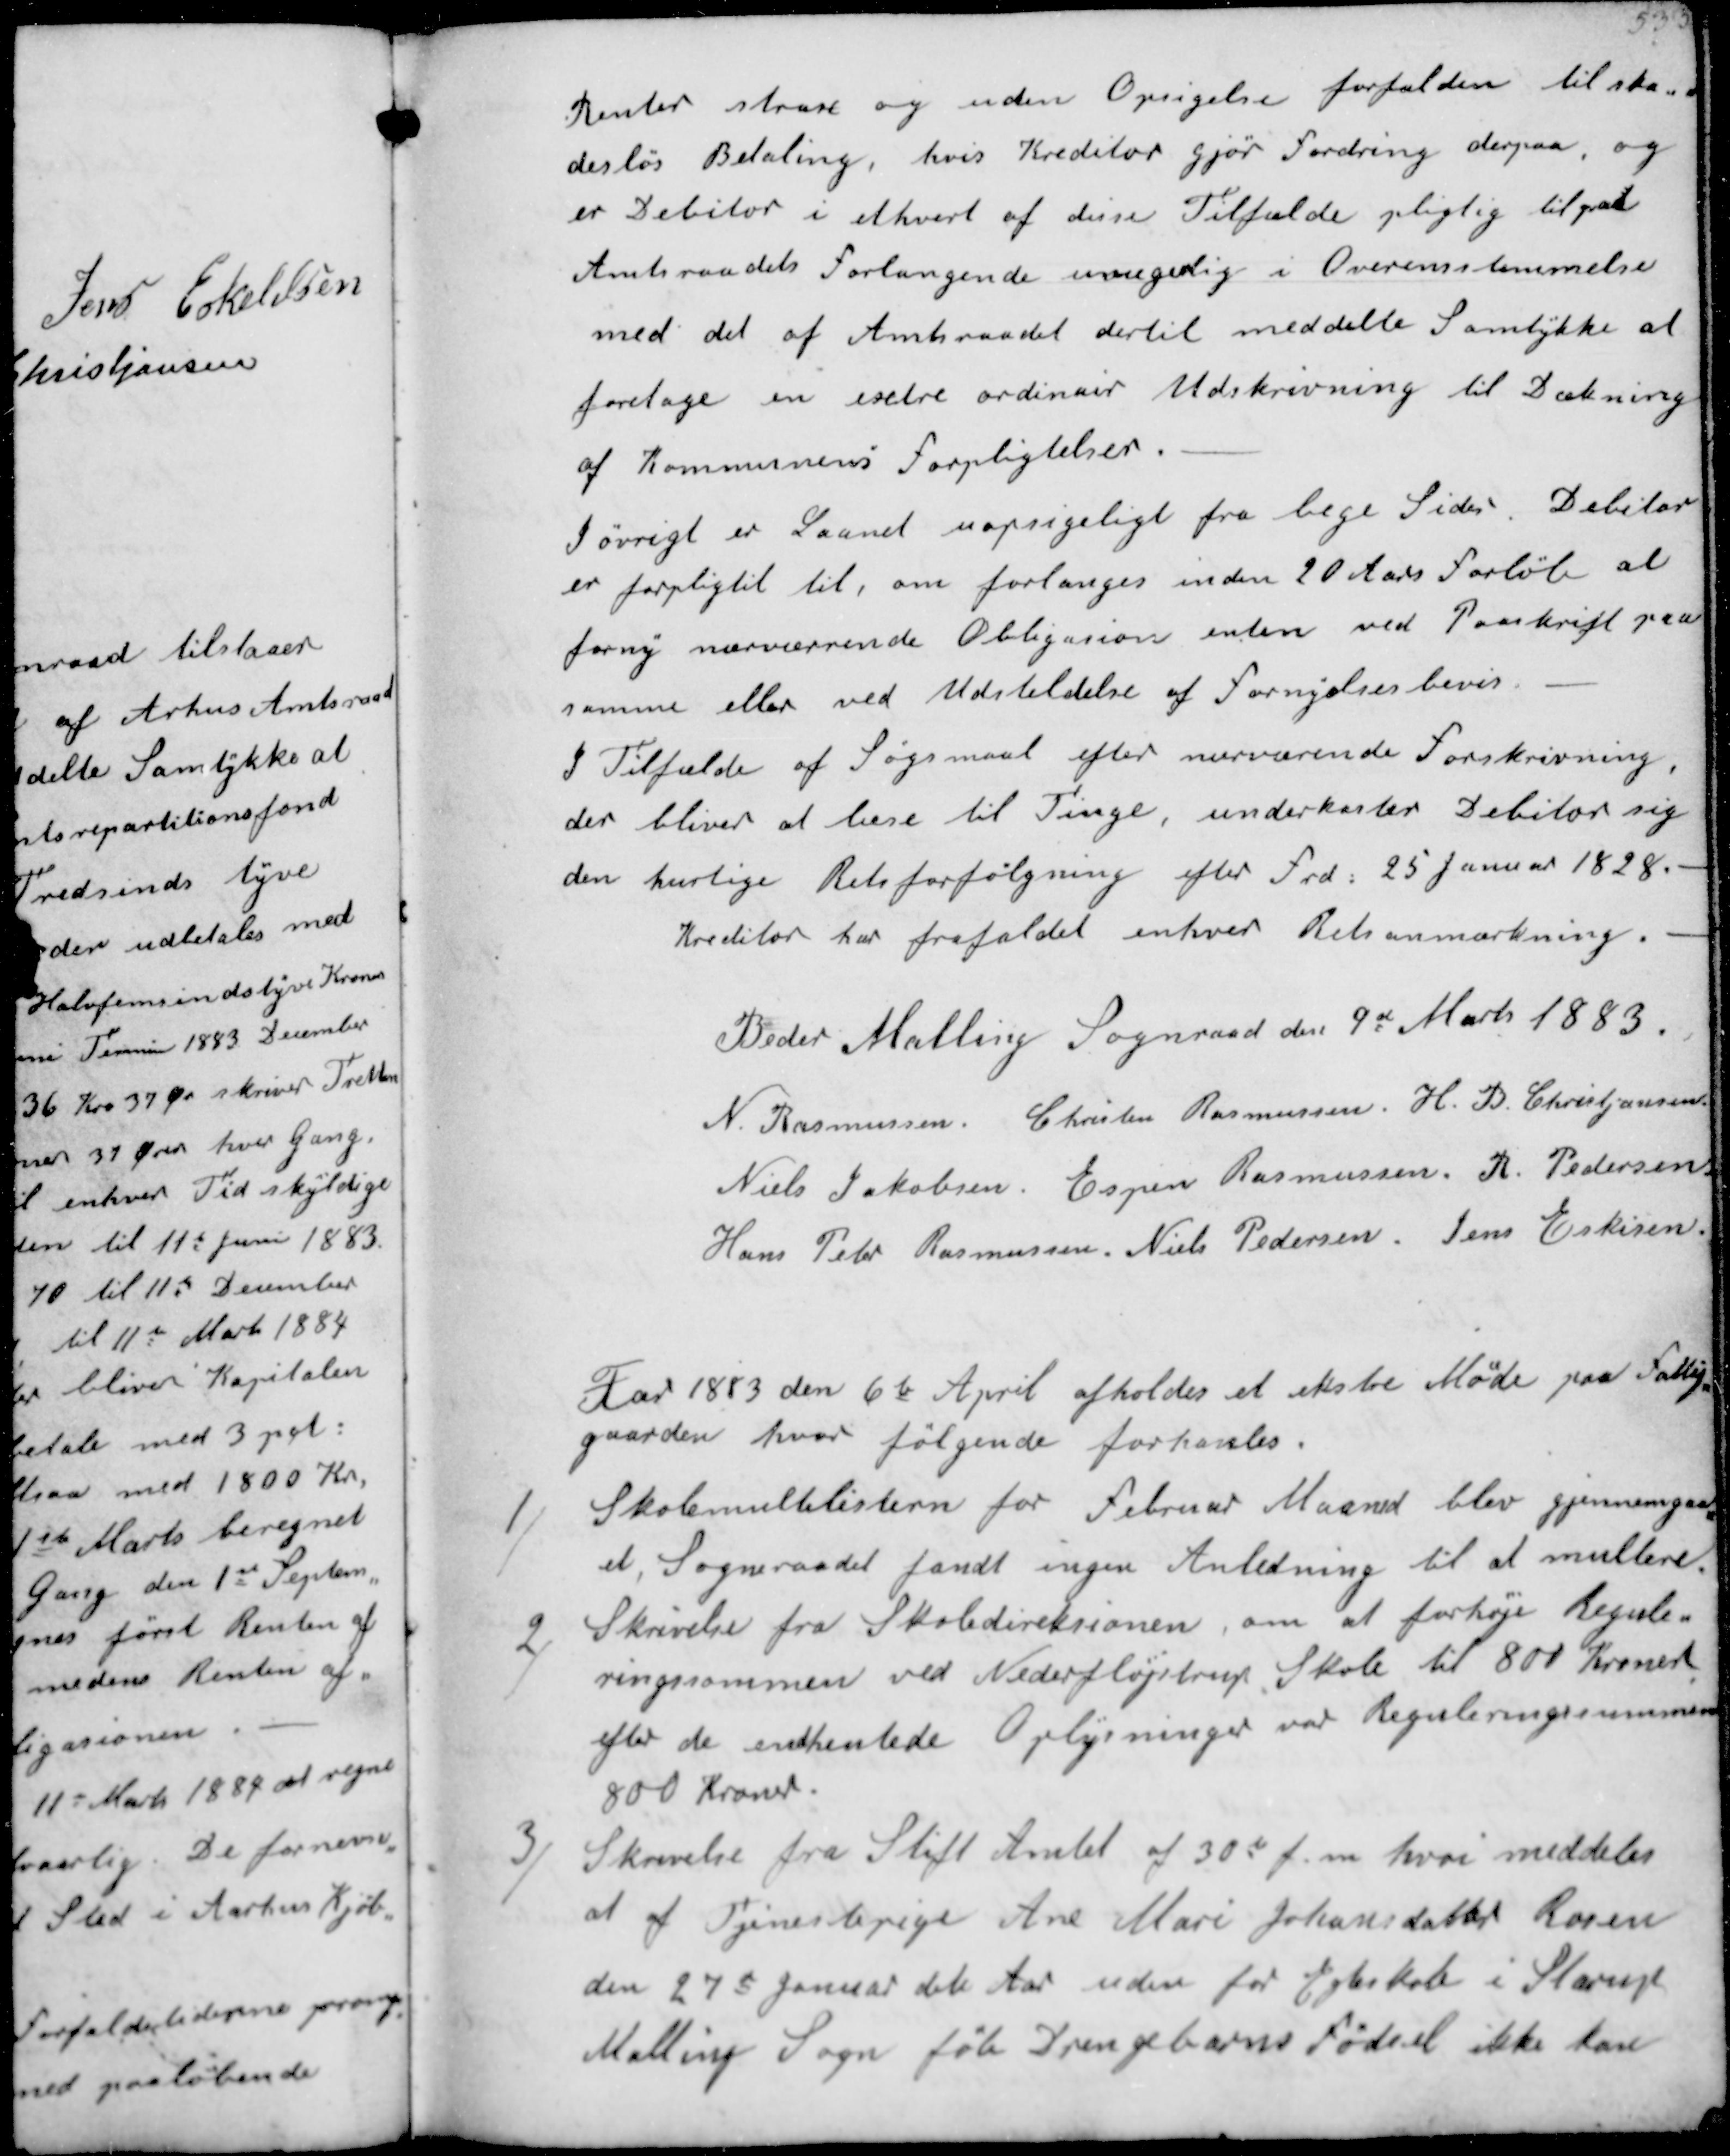
Transskription:
Renter strax og uden Opsigelse forfalden til ska-
desløs Betaling, hvis Kreditor gjør fordring derpaa, og 
er Debilor i ethvert af disse Tilfælde pligtig tilpaa
Amtsraadets forlangende  i Overensstemmelse
med det af Amtsraadet dertil med dette Samtykke at
foretage en extre ordinaer Udskrivning til Dækning
af Kommunens forpligtelser.
I øvrigt er Laanet uopsigeligt fra bege Sider. Debitor
er forpligtet til, om forlænges inden 20 Ars forløb at
forny nuværrende Obligation enden ved Paaskrift paa
samme eller ved Udstedelse af Fornyelsesbevis.
I Tilfælde af Søgsmaal efter nurværende forskrivning,
der bliver at bese til Tinge, underkaster Debitor sig
den hurtige Retsforfølgning efter Frd: 25 Januar 1828.
Kreditor har frafaldet enhver Retsanmærkning.
Beder Malling Sognraad den 9d Marts 1883.
N. Rasmussen.
Christen Rasmussen
H. B. Christjansen.
Niels Jakobsen
Espen Rasmussen
R. Pedersen
Hans Peter Rasmussen
Niels Pedersen
Jens Eskisen

Aar 1883 den 6te April afholdes et ekstre Møde paa Fattig-
gaarden hvor følgende forhandles.
1/
Skolemultelistern for februar Maaned blev gjennemgaa-
et, Sogneraadet fandt ingen Anledning til at multere. 
2/
Skrivelse fra Skoledireksionen, om at forhøje regule-
ringssummen ved Nederfløjstrup Skole til 800 kroner 
efter de indhentede Oplysningen var Reguleringssummen 
800 kroner. 
3/
Skrivelse fra Stift Amtet af 30te juni hvori meddeles 
at af Tjenestepige Ane Marie Johansdatter Rosen
den 27s Januar dete Aar uden for Ægteskab i Starup
Malling Sogn føte Drengebarns fødsel ikke kan